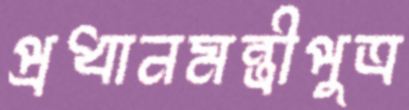
প্রধানমন্ত্রীপুত্র